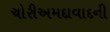
ચોરીઅમદાવાદની